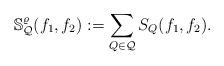
LaTeX: \begin{align*}\mathbb S^\varrho_{\mathcal Q}(f_1,f_2): = \sum_{Q \in \mathcal Q} S_Q(f_1,f_2).\end{align*}